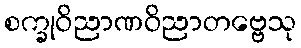
စက္ခုဝိညာဏဝိညာတဗ္ဗေသု